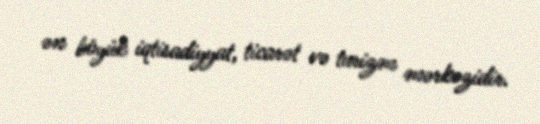
ən böyük iqtisadiyyat, ticarət və turizm mərkəzidir.